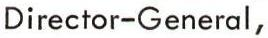
Director-General,